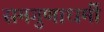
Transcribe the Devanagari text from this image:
समगुणाधर्मी